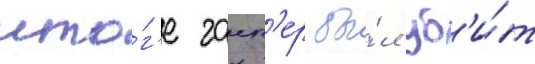
ито́г'е гасп'ер бы́л уб'и́т